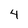
Character: 4